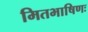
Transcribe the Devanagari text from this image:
मितभाषिणः